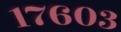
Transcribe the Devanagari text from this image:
१७६०३